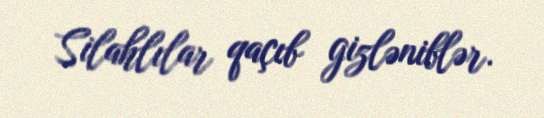
Silahlılar qaçıb gizləniblər.